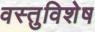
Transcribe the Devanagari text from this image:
वस्तुविशेष